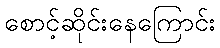
စောင့်ဆိုင်းနေကြောင်း